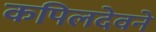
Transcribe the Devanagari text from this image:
कपिलदेवने